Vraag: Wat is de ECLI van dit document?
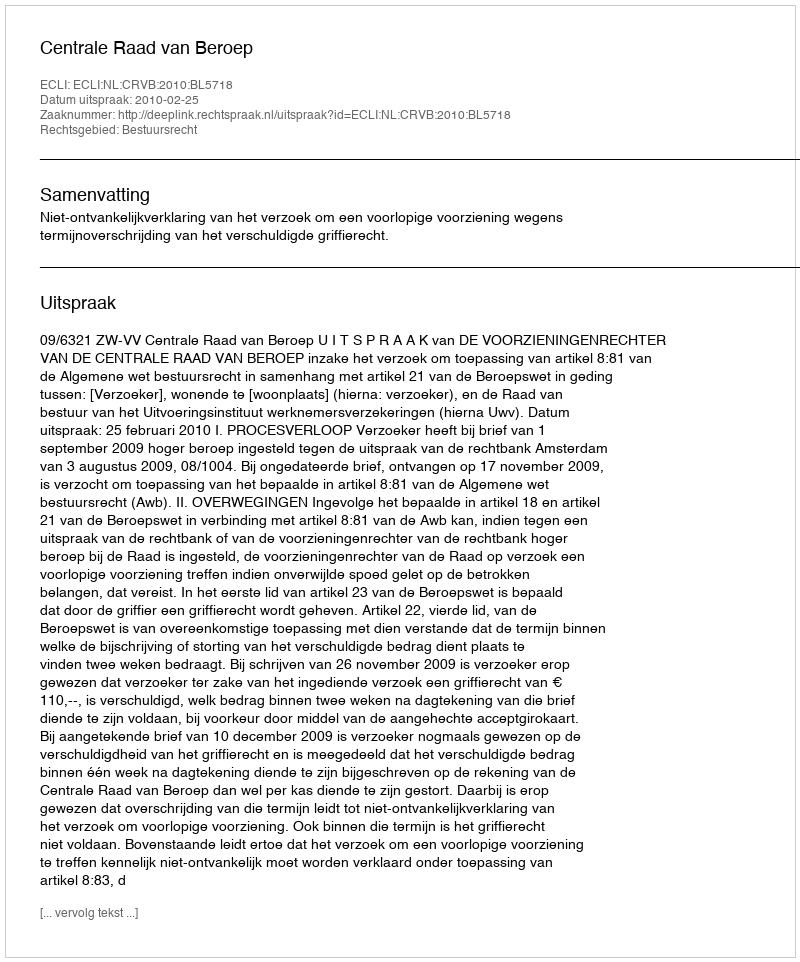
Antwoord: ECLI:NL:CRVB:2010:BL5718